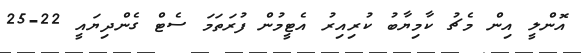
އޮންލީ އިން މެޗު ކާމިޔާބު ކުރިއިރު އެޓީމުން ފުރަތަމަ ސެޓް ގެންދިޔައީ 22-25